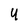
Character: 4